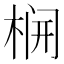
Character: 𬂻